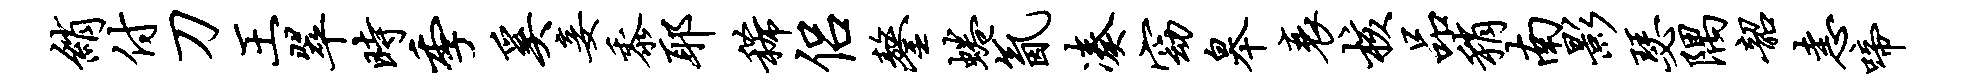
绡付刀王翠时季奚妾黍耶稀侣鏊蜷氤凑窈皋衰核品稍南影瑟隅韶恚啼